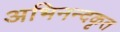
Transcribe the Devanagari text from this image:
अभिनन्दकृत